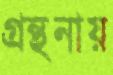
গ্রন্থনায়